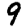
Digit: 9